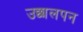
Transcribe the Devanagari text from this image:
उछालपन